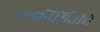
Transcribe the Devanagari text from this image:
नवनिर्मितीचे